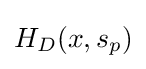
H_{D}(x,s_{p})